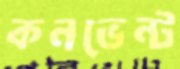
কনভেন্ট